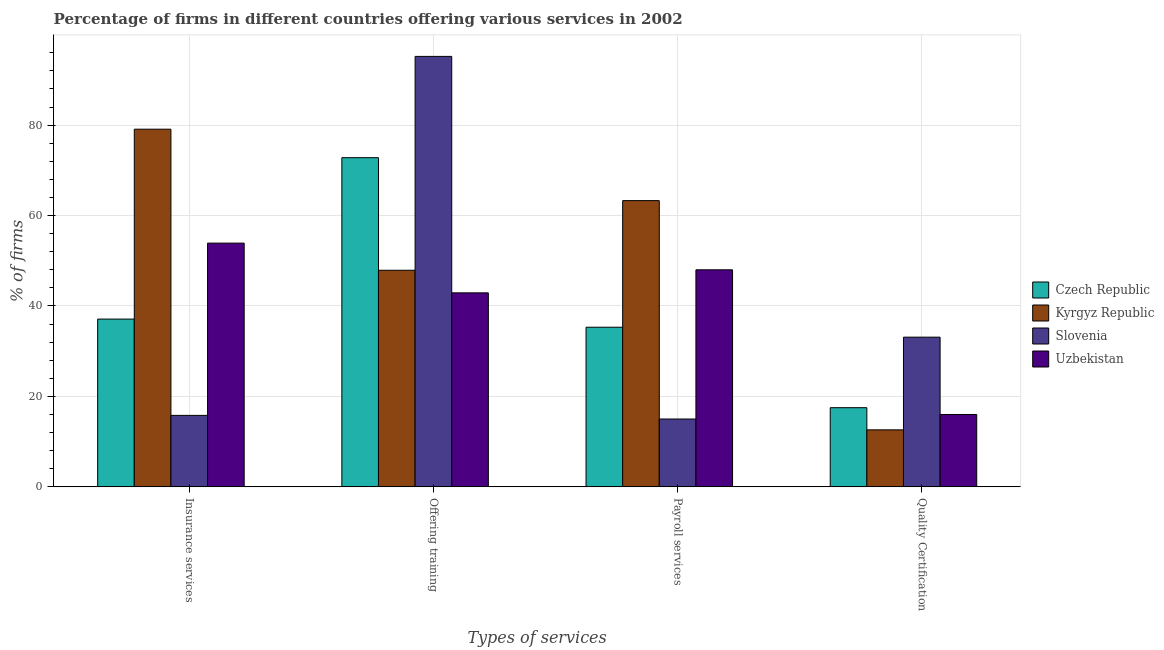
| Types of services | Czech Republic | Kyrgyz Republic | Slovenia | Uzbekistan |
 | --- | --- | --- | --- | --- |
 | Insurance services | 37.1 | 79.1 | 15.8 | 53.9 |
 | Offering training | 72.8 | 47.9 | 95.2 | 42.9 |
 | Payroll services | 35.3 | 63.3 | 15 | 48 |
 | Quality Certification | 17.5 | 12.6 | 33.1 | 16 |